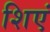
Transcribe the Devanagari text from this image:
शिएं